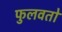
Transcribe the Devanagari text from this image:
फुलवतो